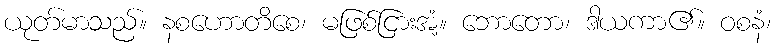
ယုတ်မာသည်။ နစဟောတိစေ၊ မဖြစ်ငြားအံ့။ ဘောတော၊ ဒါယကာ၏။ ဝစနံ၊